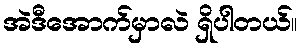
အဲဒီအောက်မှာလဲ ရှိပါတယ်။